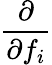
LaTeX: \frac{\partial}{\partial f_{i}}